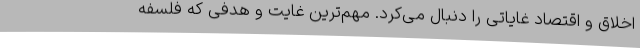
اخلاق و اقتصاد غایاتی را دنبال می‌کرد. مهم‌ترین غایت و هدفی که فلسفه